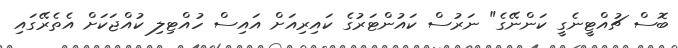
ބޮސް ޗުއްޓީނެގީ ކަންނޭގެ" ނަރުސް ކައުންޓަރުގެ ކައިރިއަށް އައިސް ހުއްޓިލި ކުއްޖަކަށް އެތެރޭގައި